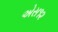
એસ૧૨